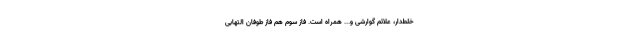
خلط‌دار، علائم گوارشی و... همراه است. فاز سوم هم فاز طوفان التهابی